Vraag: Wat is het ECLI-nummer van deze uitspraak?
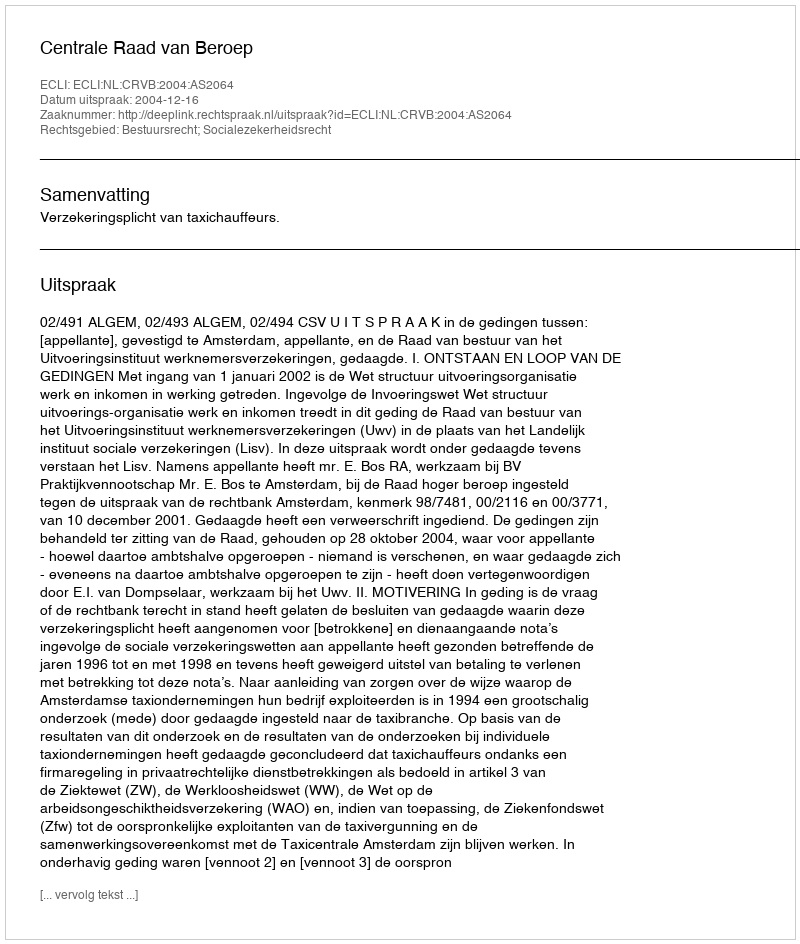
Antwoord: ECLI:NL:CRVB:2004:AS2064